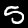
Label: 5